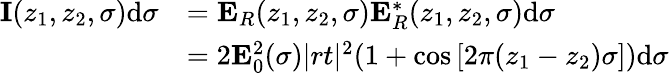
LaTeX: \begin{array}{rl}{\mathbf{I}(z_{1},z_{2},\sigma)\mathrm{d}\sigma}&{=\mathbf{E}_{R}(z_{1},z_{2},\sigma)\mathbf{E}_{R}^{*}(z_{1},z_{2},\sigma)\mathrm{d}\sigma}\\ &{=2\mathbf{E}_{0}^{2}(\sigma)|rt|^{2}(1+\cos{[2\pi(z_{1}-z_{2})\sigma])}\mathrm{d}\sigma}\end{array}